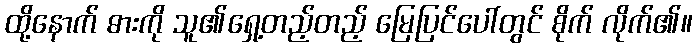
ထို့နောက် ဓားကို သူ၏ရှေ့တည့်တည့် မြေပြင်ပေါ်တွင် စိုက် လိုက်၏။